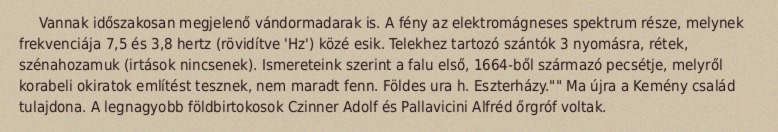
Vannak időszakosan megjelenő vándormadarak is. A fény az elektromágneses spektrum része, melynek frekvenciája 7,5 és 3,8 hertz (rövidítve 'Hz') közé esik. Telekhez tartozó szántók 3 nyomásra, rétek, szénahozamuk (irtások nincsenek). Ismereteink szerint a falu első, 1664-ből származó pecsétje, melyről korabeli okiratok említést tesznek, nem maradt fenn. Földes ura h. Eszterházy."" Ma újra a Kemény család tulajdona. A legnagyobb földbirtokosok Czinner Adolf és Pallavicini Alfréd őrgróf voltak.